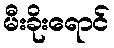
မီးခိုးရောင်